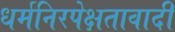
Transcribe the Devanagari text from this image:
धर्मनिरपेक्षतावादी